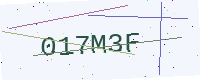
Text: 017M3F